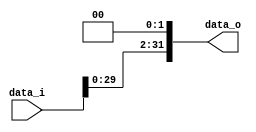
// 110550130 

//Subject:      CO project 2 - Shift_Left_Two_32
//--------------------------------------------------------------------------------
//Version:     1
//--------------------------------------------------------------------------------
//Description: 
//--------------------------------------------------------------------------------
`timescale 1ns/1ps
module Shift_Left_Two_32(
    data_i,
    data_o
    );

//I/O ports                    
input [32-1:0] data_i;
output [32-1:0] data_o;

//shift left 2
assign data_o = {data_i[29:0], 2'b00};
     
endmodule